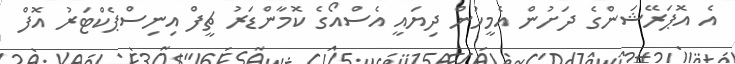
އެ އޮޕަރޭޝަންގެ ދަށުން އެމީހުން ދިޔައީ އެސްއޯގެ ކޮމާންޑަރު ޗީފް އިނިސްޕެކްޓަރު އޮފް